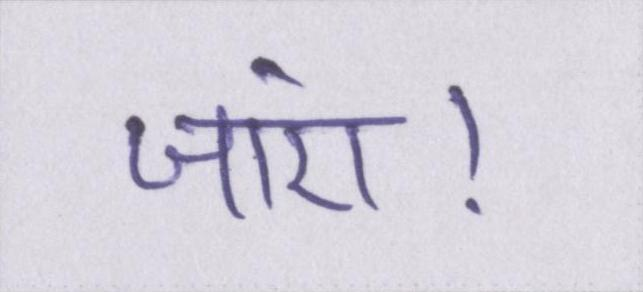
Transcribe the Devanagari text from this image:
जाएं।